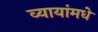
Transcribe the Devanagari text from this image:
व्यायांमधे